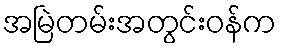
အမြဲတမ်းအတွင်းဝန်က